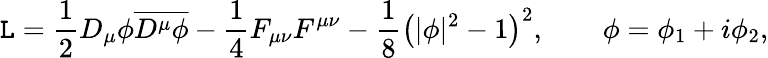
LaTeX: {\cal\mathtt{L}}={\frac{{1}}{{2}}}D_{\mu}\phi{\overline{{{{D^{\mu}\phi}}}}}-{\frac{{1}}{{4}}}F_{\mu\nu}F^{\mu\nu}-{\frac{{1}}{{8}}}\left(|\phi|^{2}-1\right)^{2},\qquad\phi=\phi_{1}+i\phi_{2},